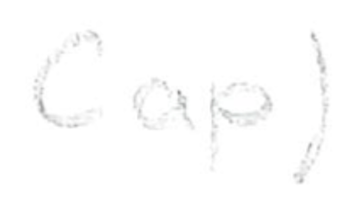
Text: Cap)
Cross-out: clean
Writing tool: pencil